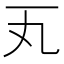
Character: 𪜂